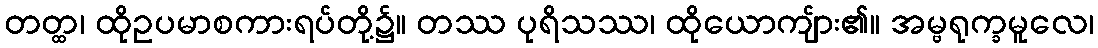
တတ္ထ၊ ထိုဥပမာစကားရပ်တို့၌။ တဿ ပုရိသဿ၊ ထိုယောကျ်ား၏။ အမ္ဗရုက္ခမူလေ၊